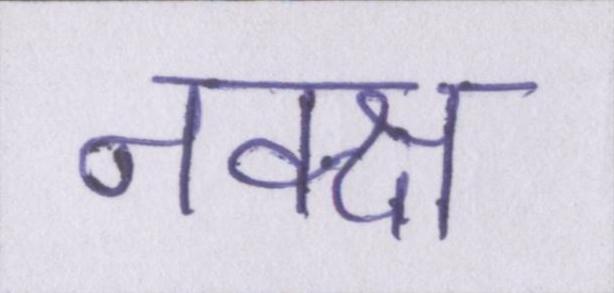
नक्क्ष